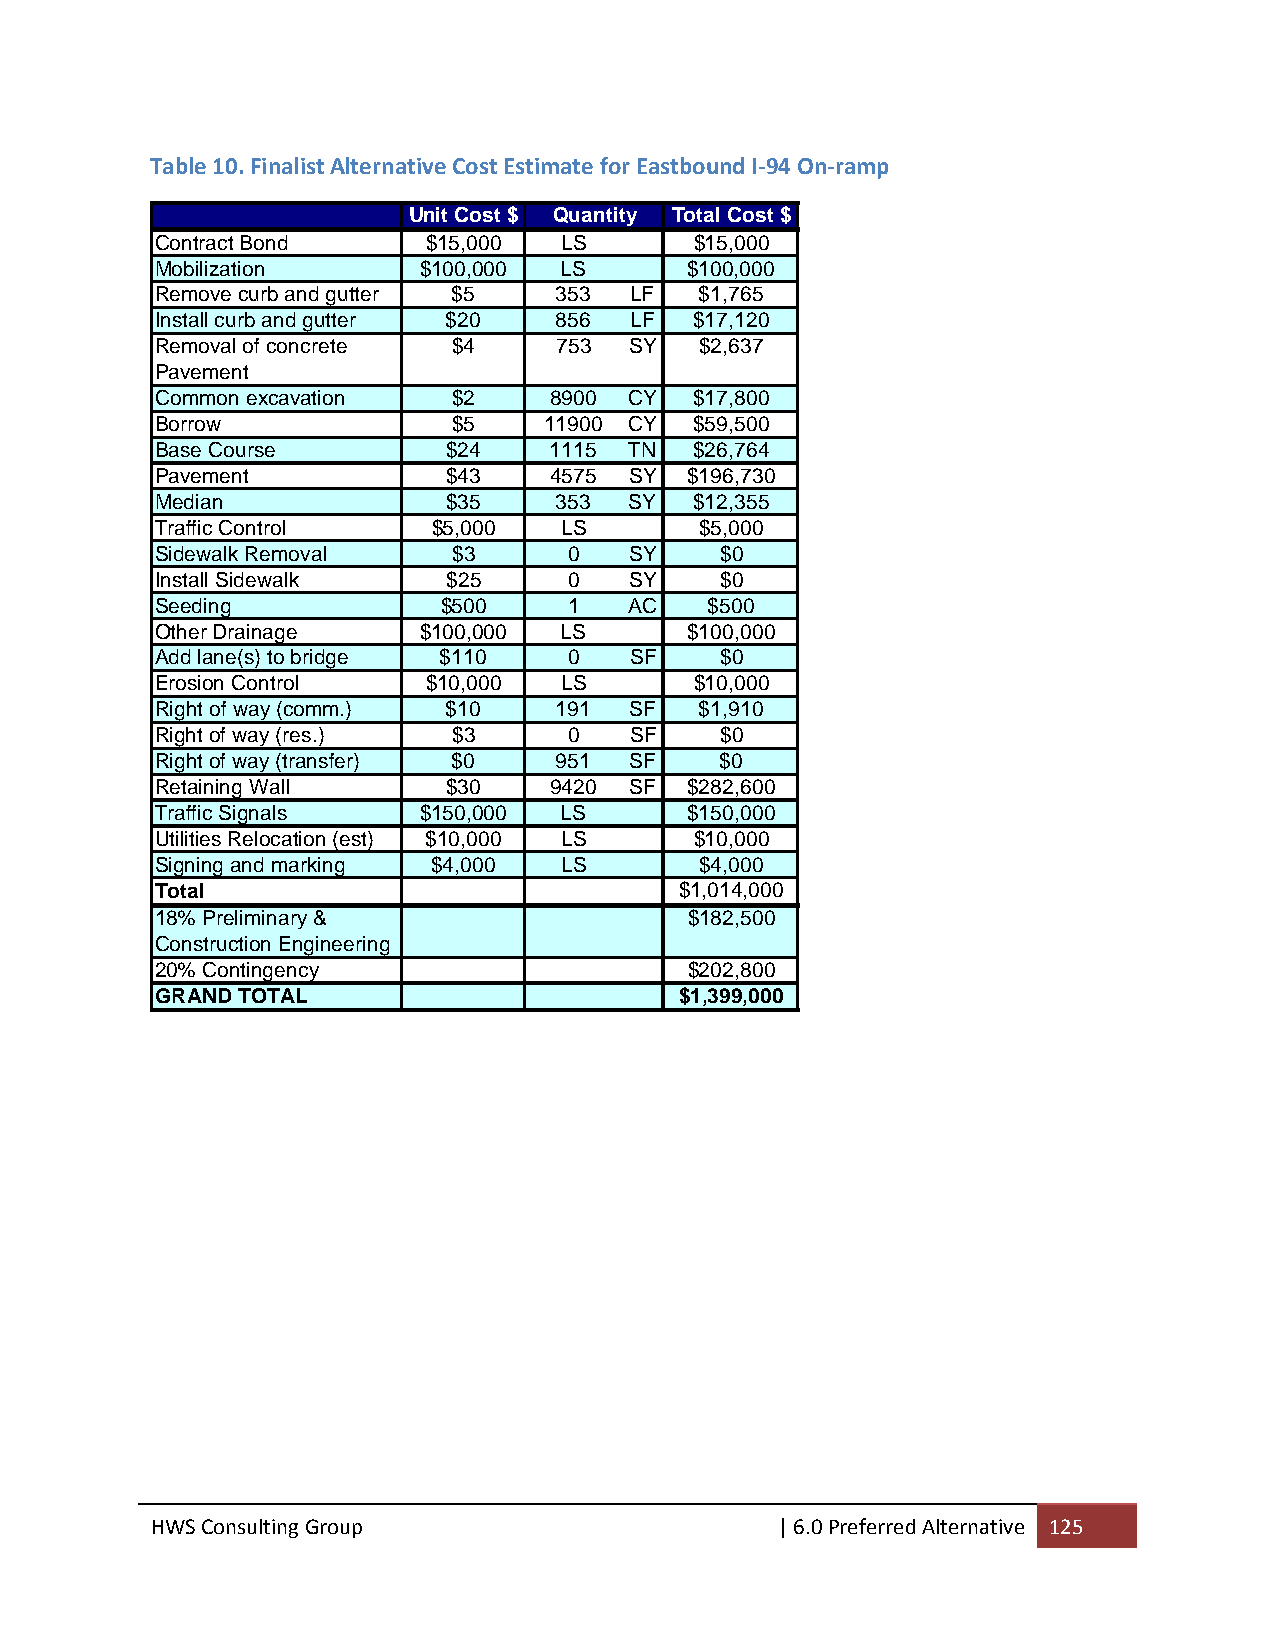
Table 10. Finalist Alternative Cost Estimate for Eastbound I‐94 On‐ramp
 Unit Cost $ Quantity Total Cost $
 Contract Bond     $15,000  LS       $15,000
 Mobilization      $100,000 LS       $100,000
 Remove curb and gutter $5  353  LF  $1,765
 Install curb and gutter $20 856 LF  $17,120
 Removal of concrete $4     753  SY  $2,637
 Pavement
 Common excavation   $2    8900  CY  $17,800
 Borrow              $5    11900 CY  $59,500
 Base Course         $24   1115  TN  $26,764
 Pavement            $43   4575  SY  $196,730
 Median              $35    353  SY  $12,355
 Traffic Control    $5,000  LS       $5,000
 Sidewalk Removal    $3      0   SY    $0
 Install Sidewalk    $25     0   SY    $0
 Seeding            $500     1   AC   $500
 Other Drainage    $100,000 LS       $100,000
 Add lane(s) to bridge $110  0   SF    $0
 Erosion Control   $10,000  LS       $10,000
 Right of way (comm.) $10   191  SF  $1,910
 Right of way (res.) $3      0   SF    $0
 Right of way (transfer) $0 951  SF    $0
 Retaining Wall      $30   9420  SF  $282,600
 Traffic Signals   $150,000 LS       $150,000
 Utilities Relocation (est) $10,000 LS $10,000
 Signing and marking $4,000 LS       $4,000
 Total                              $1,014,000
 18% Preliminary &                   $182,500
 Construction Engineering
 20% Contingency                     $202,800
 GRAND TOTAL                        $1,399,000
 HWS Consulting Group                     | 6.0 Preferred Alternative 125